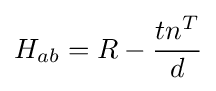
H_{ab}=R-{\frac {tn^{T}}{d}}